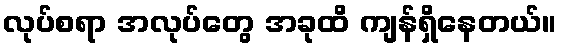
လုပ်စရာ အလုပ်တွေ အခုထိ ကျန်ရှိနေတယ်။